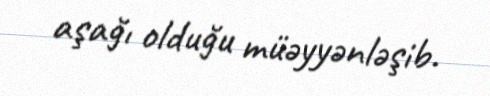
aşağı olduğu müəyyənləşib.